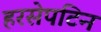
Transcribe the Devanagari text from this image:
हरसेपटिन